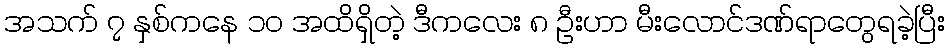
အသက် ၇ နှစ်ကနေ ၁၀ အထိရှိတဲ့ ဒီကလေး ၈ ဦးဟာ မီးလောင်ဒဏ်ရာတွေရခဲ့ပြီး